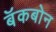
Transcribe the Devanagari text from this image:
बॅकबोन